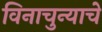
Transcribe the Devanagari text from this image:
विनाचुन्याचे